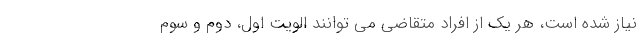
نیاز شده است، هر یک از افراد متقاضی می توانند الویت اول، دوم و سوم